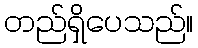
တည်ရှိပေသည်။